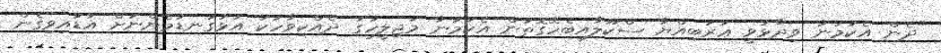
"ދެން އެކަމަނާ ވިދާޅުވީ ޢަރަބިއްޔާ ސްކޫލާއިބެހޭގޮތުން އެކަމަނާ މަޖިލީހުގަ ދެއްކިވާހަކަ އަޅުގަނޑުމެންނަށް އަޑުއިވިގެން